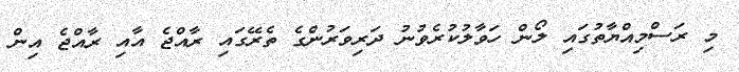
މި ރަސްމިއްޔާތުގައި ލޯން ހަވާލުކުރެވުނު ދަރިވަރުންގެ ތެރޭގައި ރާއްޖެ އާއި ރާއްޖެ އިން